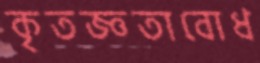
কৃতজ্ঞতাবোধ